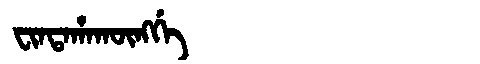
Manchu: ᠸᡳᠨᡨᠠᡥᠠᡴᡡᠩᡤᡝ
Romanization: FINTAHAKŪNGGE